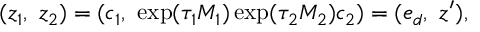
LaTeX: ( z _ { 1 } , \ z _ { 2 } ) = ( c _ { 1 } , \ \exp ( \tau _ { 1 } M _ { 1 } ) \exp ( \tau _ { 2 } M _ { 2 } ) c _ { 2 } ) = ( e _ { d } , \ z ^ { \prime } ) ,